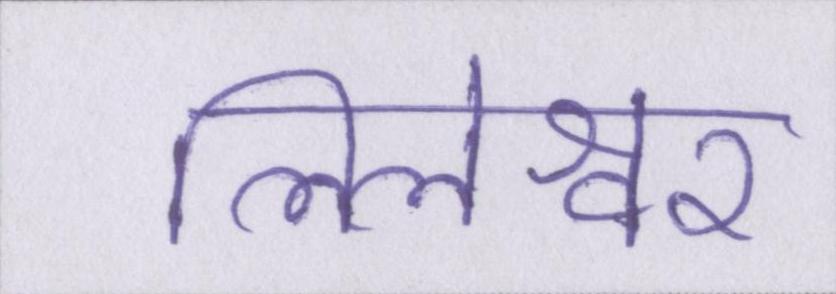
लिलेश्वर